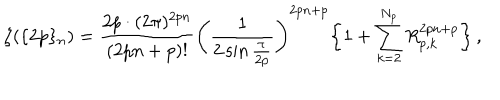
LaTeX: \zeta ( \{ 2 p \} _ { n } ) = \frac { 2 p \cdot ( 2 \pi ) ^ { 2 p n } } { ( 2 p n + p ) ! } \left( \frac { 1 } { 2 \sin \frac { \pi } { 2 p } } \right) ^ { 2 p n + p } \bigg \{ 1 + \sum _ { k = 2 } ^ { N _ { p } } R _ { p , k } ^ { 2 p n + p } \bigg \} \, ,